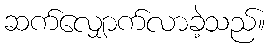
ဆက်လျှောက်လာခဲ့သည်။